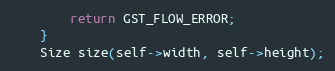
Language: C++
        return GST_FLOW_ERROR;
    }
    Size size(self->width, self->height);